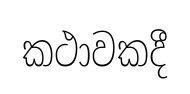
කථාවකදී